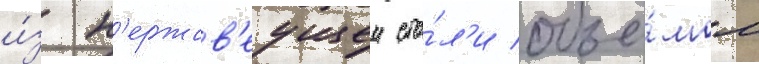
и́з н'ержав'еущеи ста́л'и объё́мом